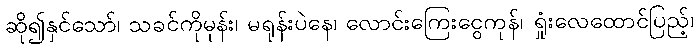
ဆို၍နှင်သော်၊ သခင်ကိုမုန်း၊ မရုန်းပဲနေ၊ လောင်းကြေးငွေကုန်၊ ရှုံးလေထောင်ပြည့်၊